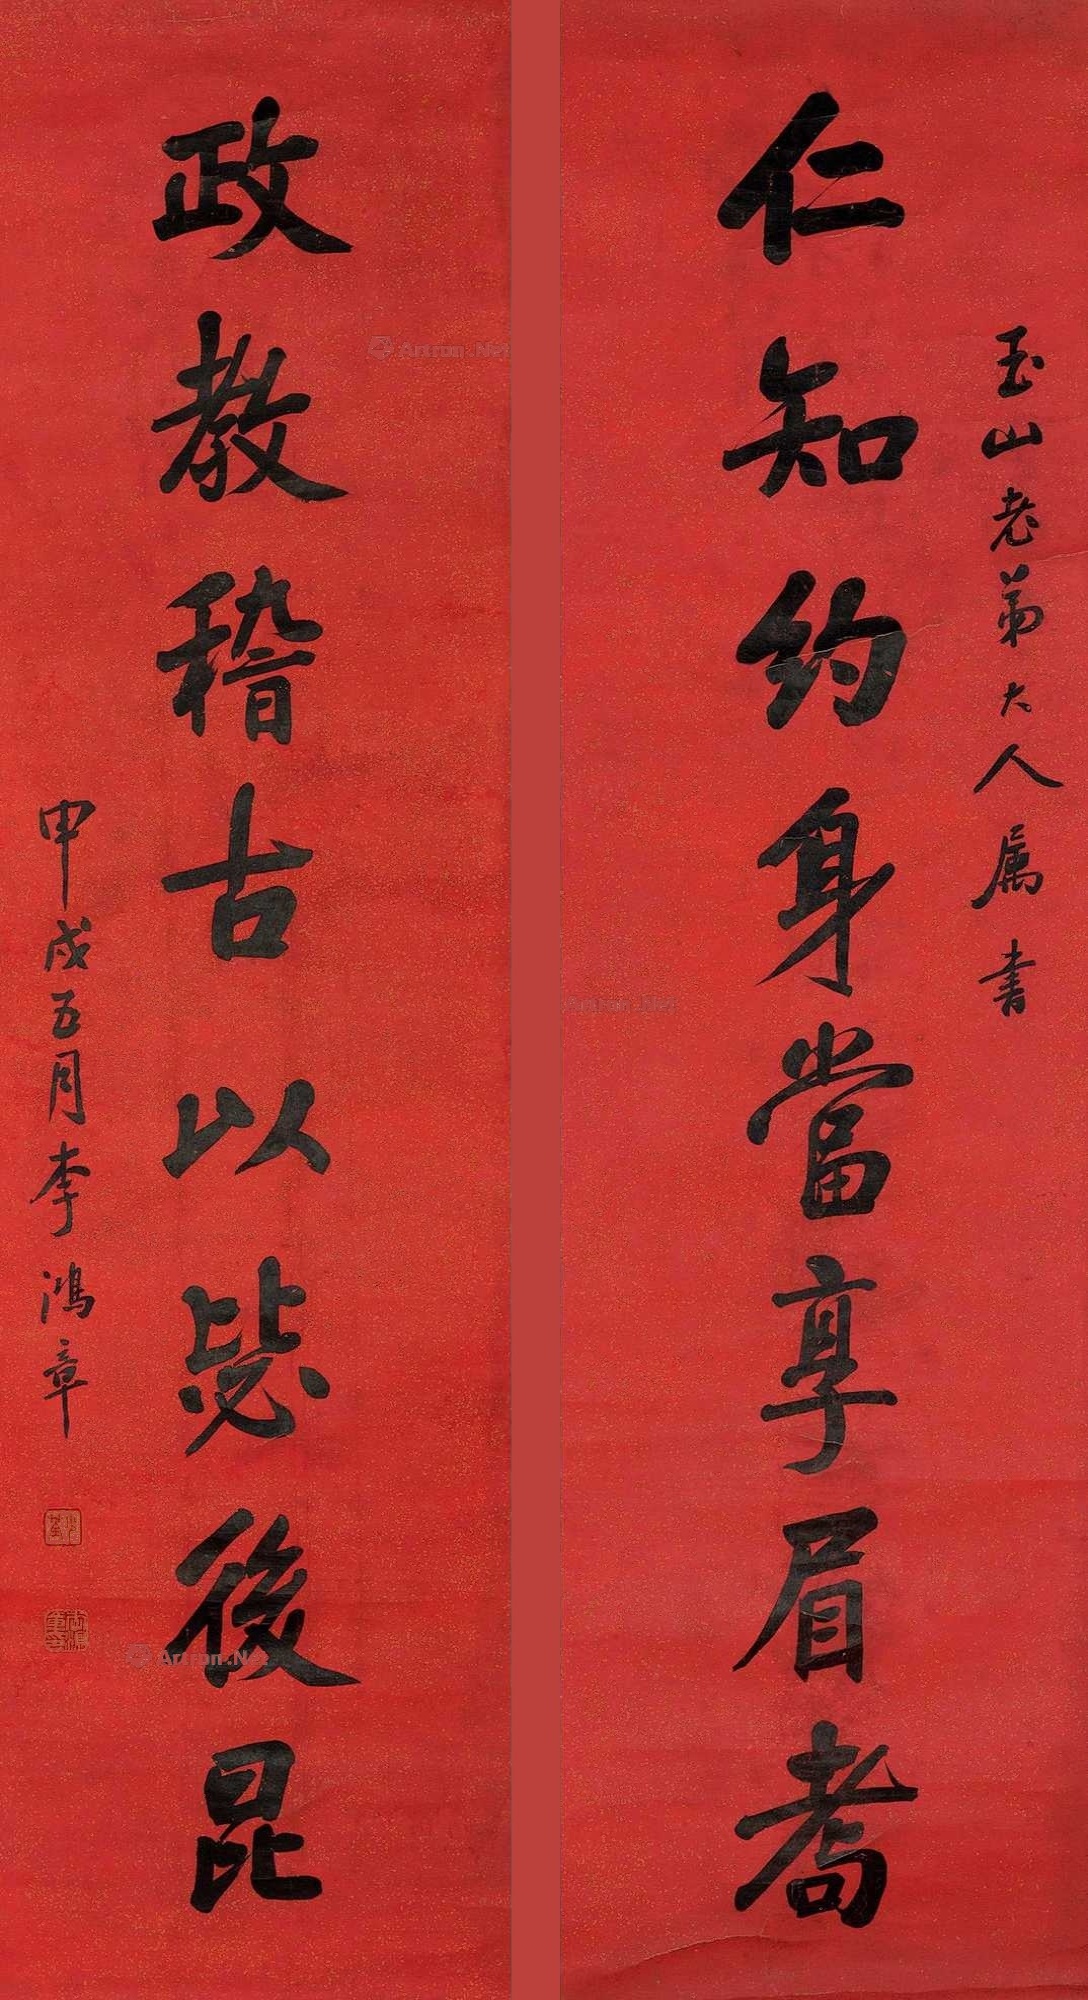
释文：仁知约身当享眉耋，政教稽古以毖后昆。玉山老弟大人属书，甲戌五月李鸿章。